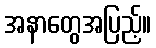
အနာတွေအပြည့်။